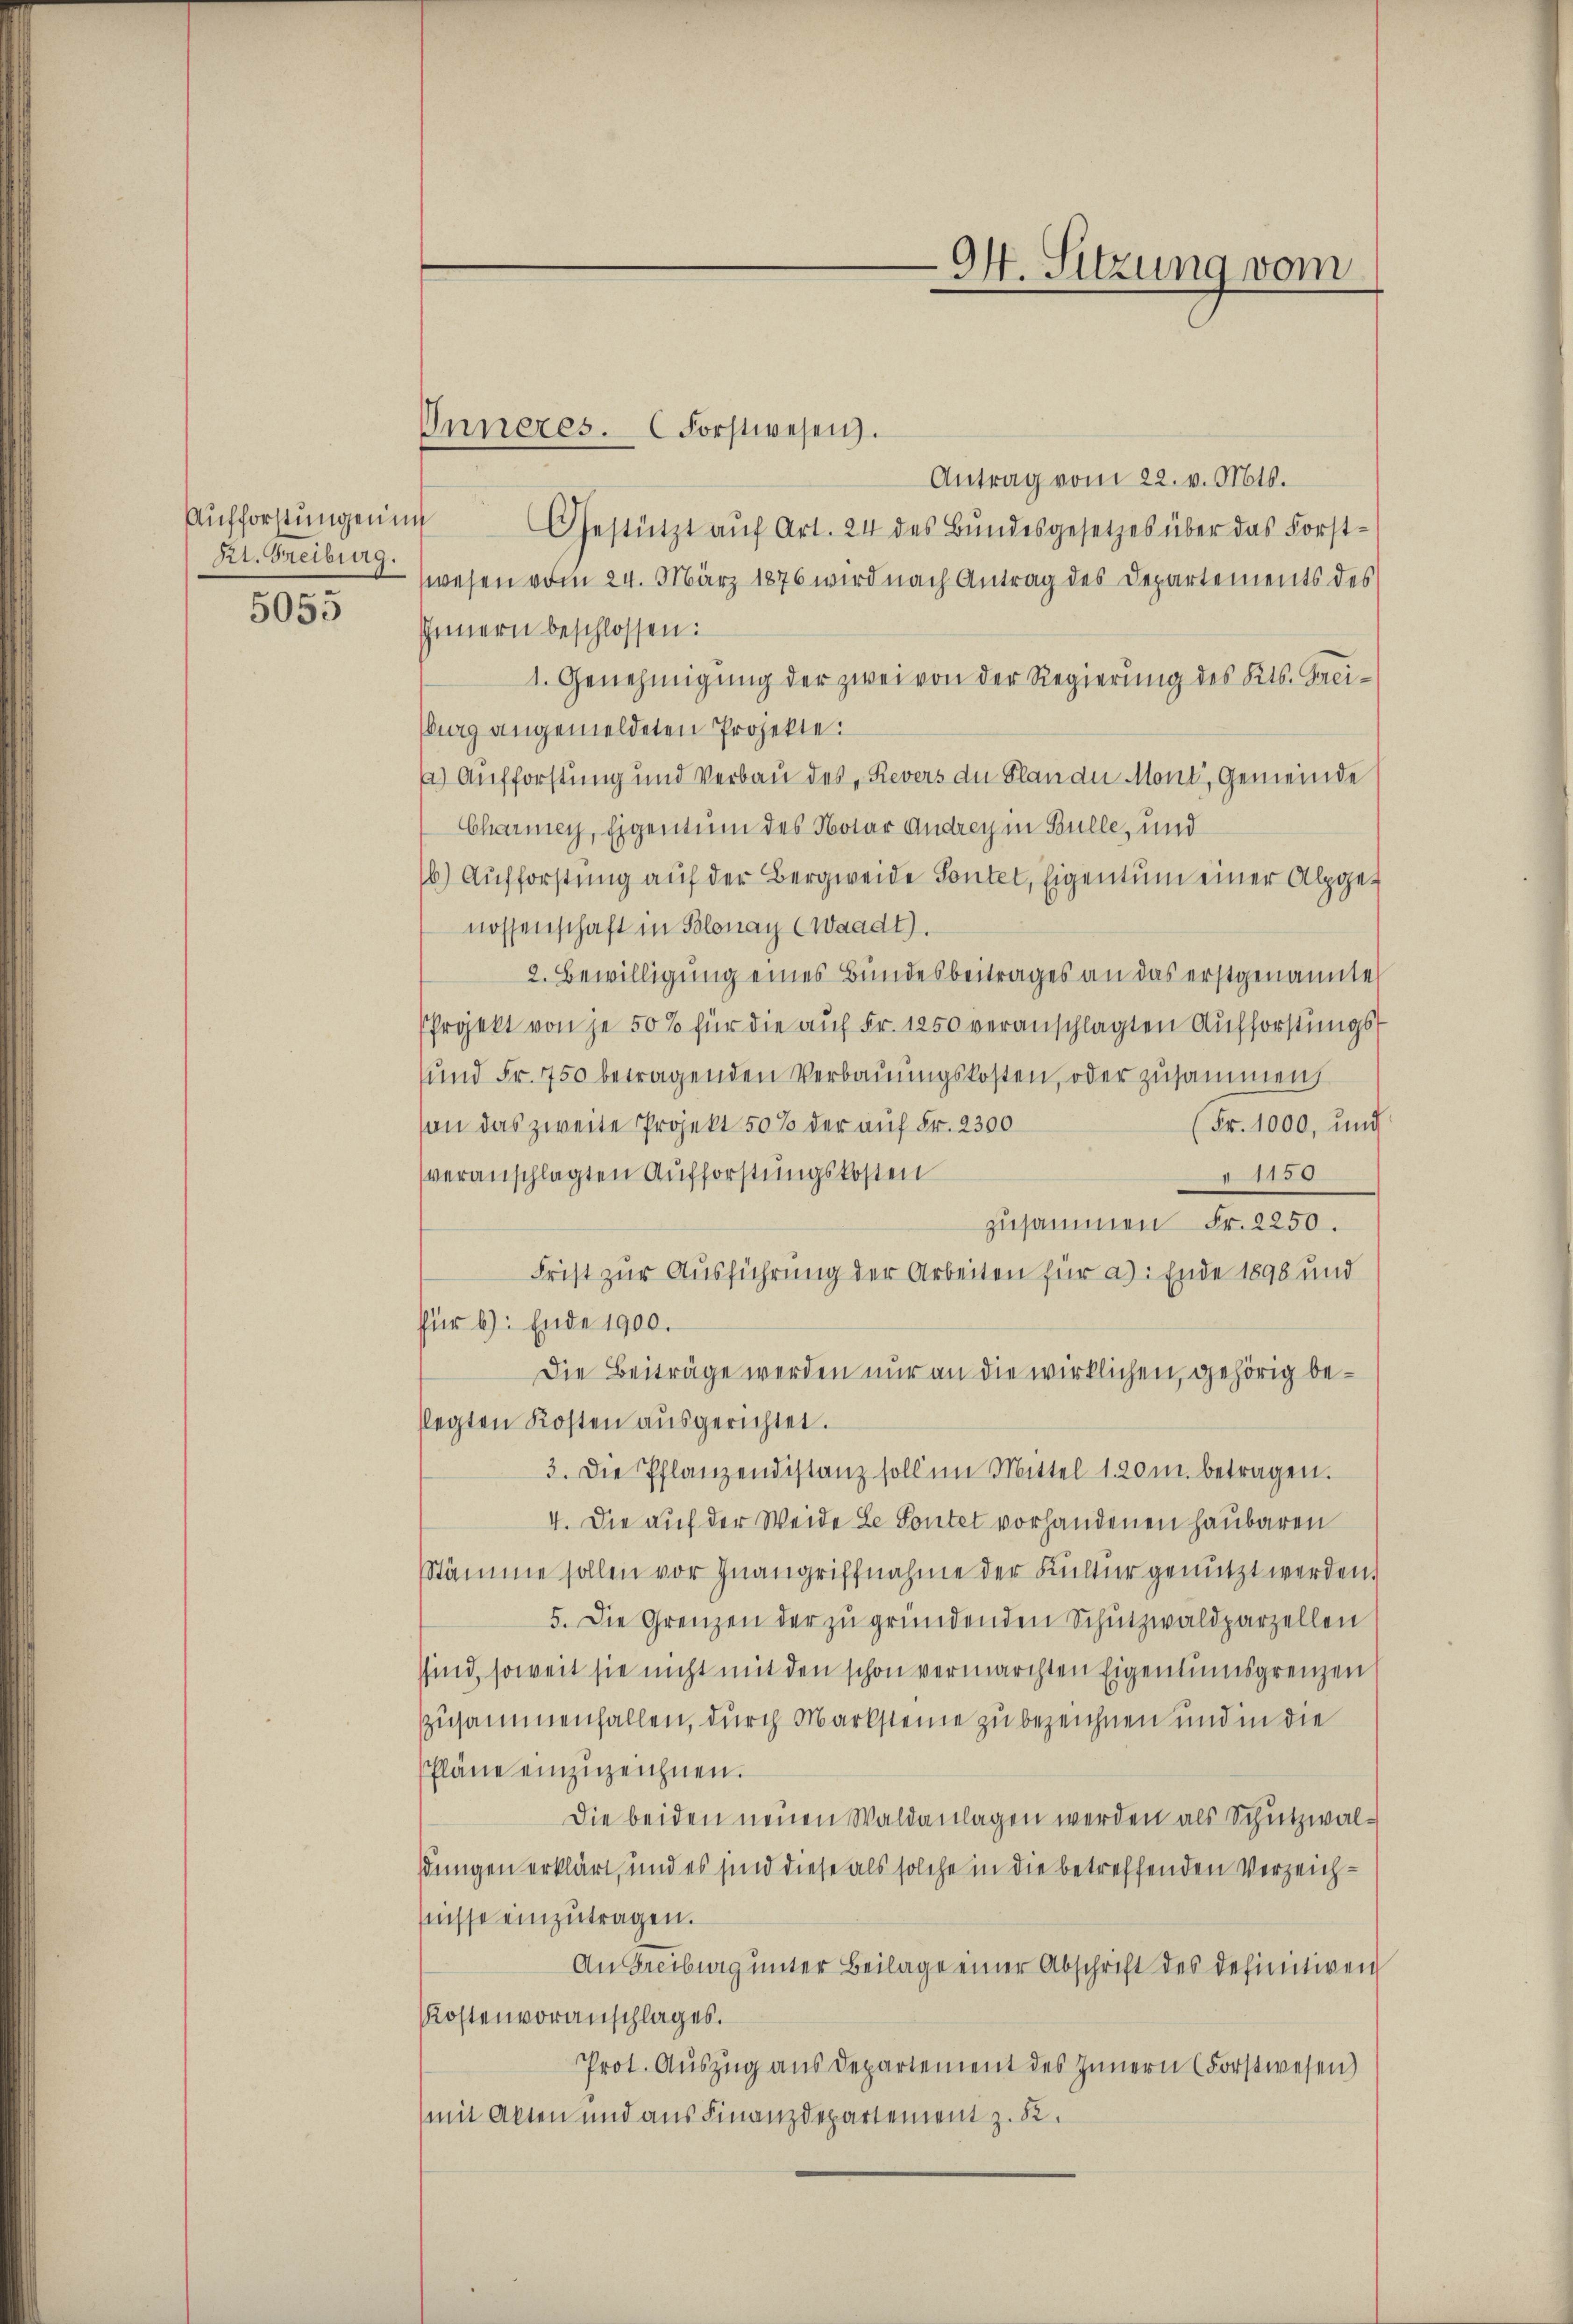
Aufforstungen un
Rt. Freiburg.

5055

Inneres. (Forstwesen.
Antrag vom 22. v. Mts.
Gestützt aŭf Art. 24 des Bŭndesgesetzes über das Forst-
wesen vom 24. März 1876 wird nach Antrag des Departements des
Innern beschlossen:
1. Genehmigŭng der zwei von der Regierŭng des Kts. Faciburg angemeldeten Projekte:
a) Aufforstung und Verbau des Revers du Plande Mont, Gemeinde
Charmey, Eigentum des Notar Andrey in Bulle, und
16) Aufforstung auf der Bergweide Pontet, Eigentum einer Alpgenossenschaft in Blonay (Waadt).
2. Bewilligung eines Bundesbeitrages an das erstgenannte
Projekt von je 50% für die auf Fr. 1250 veranschlagten Aufforstungs¬
und Fr. 750 betragenden Verbauungskosten, oder zusammen,
son das zweite Projekt 50% der auf Fr. 2300
(Fr. 1000, und
veranschlagten Aufforstungskosten
1150
zusammen Fr. 2250.
Frist zur Ausführung der Arbeiten für a). Ende 1896 und
für 6): Ende 1900.
Die Beiträge werden nur an die wirklichen, gehörig beflegten Kosten ausgerichtet.
3. Die Pflanzendistanz soll im Mittel 1. 20 m. betragen.
4. Die auf der Weide Le Soutet vorhandenen Haubaren
Stämme sollen vor Inangriffnahme der Kultur genutzt werden.
5. Die Grenzen der zŭ gründenden Schŭtzwaldparzellen
sind, soweit sie nicht mit den schon vermarchten Eigentumsgrenzen
zusammenfallen, durch Marksteine zu bezeichnen und in die
Pläne einzuzeichnen.
Die beiden neuen Waldanlagen werden als Schutzwaldungen erklärt, und es sind diese als solche in die betreffenden Verzeichfnisse einzutragen.
An Freiburg unter Beilage einer Abschrift des definitiven
Kostenvoranschlages.
Prot. Auszug aus Departement des Innern (Forstwesen)
mit Akten und aus Finanzdepartement z. B.

.
A. Sitzung vom